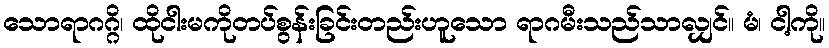
သောရာဂဂ္ဂိ၊ ထိုငါးမကိုတပ်စွန်းခြင်းတည်းဟူသော ရာဂမီးသည်သာလျှင်။ မံ၊ ငါ့ကို။